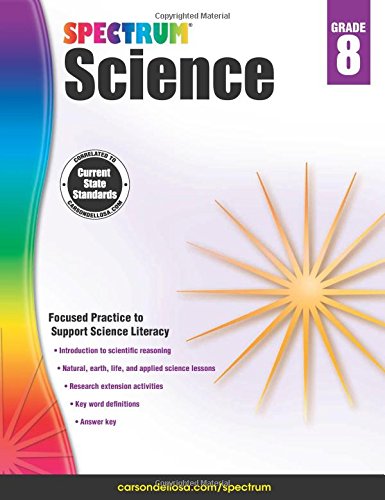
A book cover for Spectrum Science, Grade 8; Teen & Young Adult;